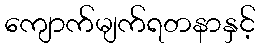
ကျောက်မျက်ရတနာနှင့်